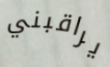
يراقبني